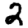
Digit: 2